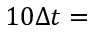
1 0 \Delta t =